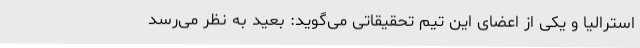
استرالیا و یکی از اعضای این تیم تحقیقاتی می‌گوید: بعید به نظر می‌رسد